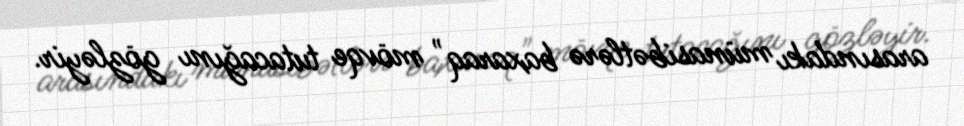
arasındakı münasibətlərə baxaraq" mövqe tutacağını gözləyir.